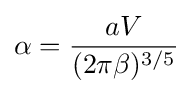
\alpha ={\frac {aV}{(2\pi \beta )^{3/5}}}